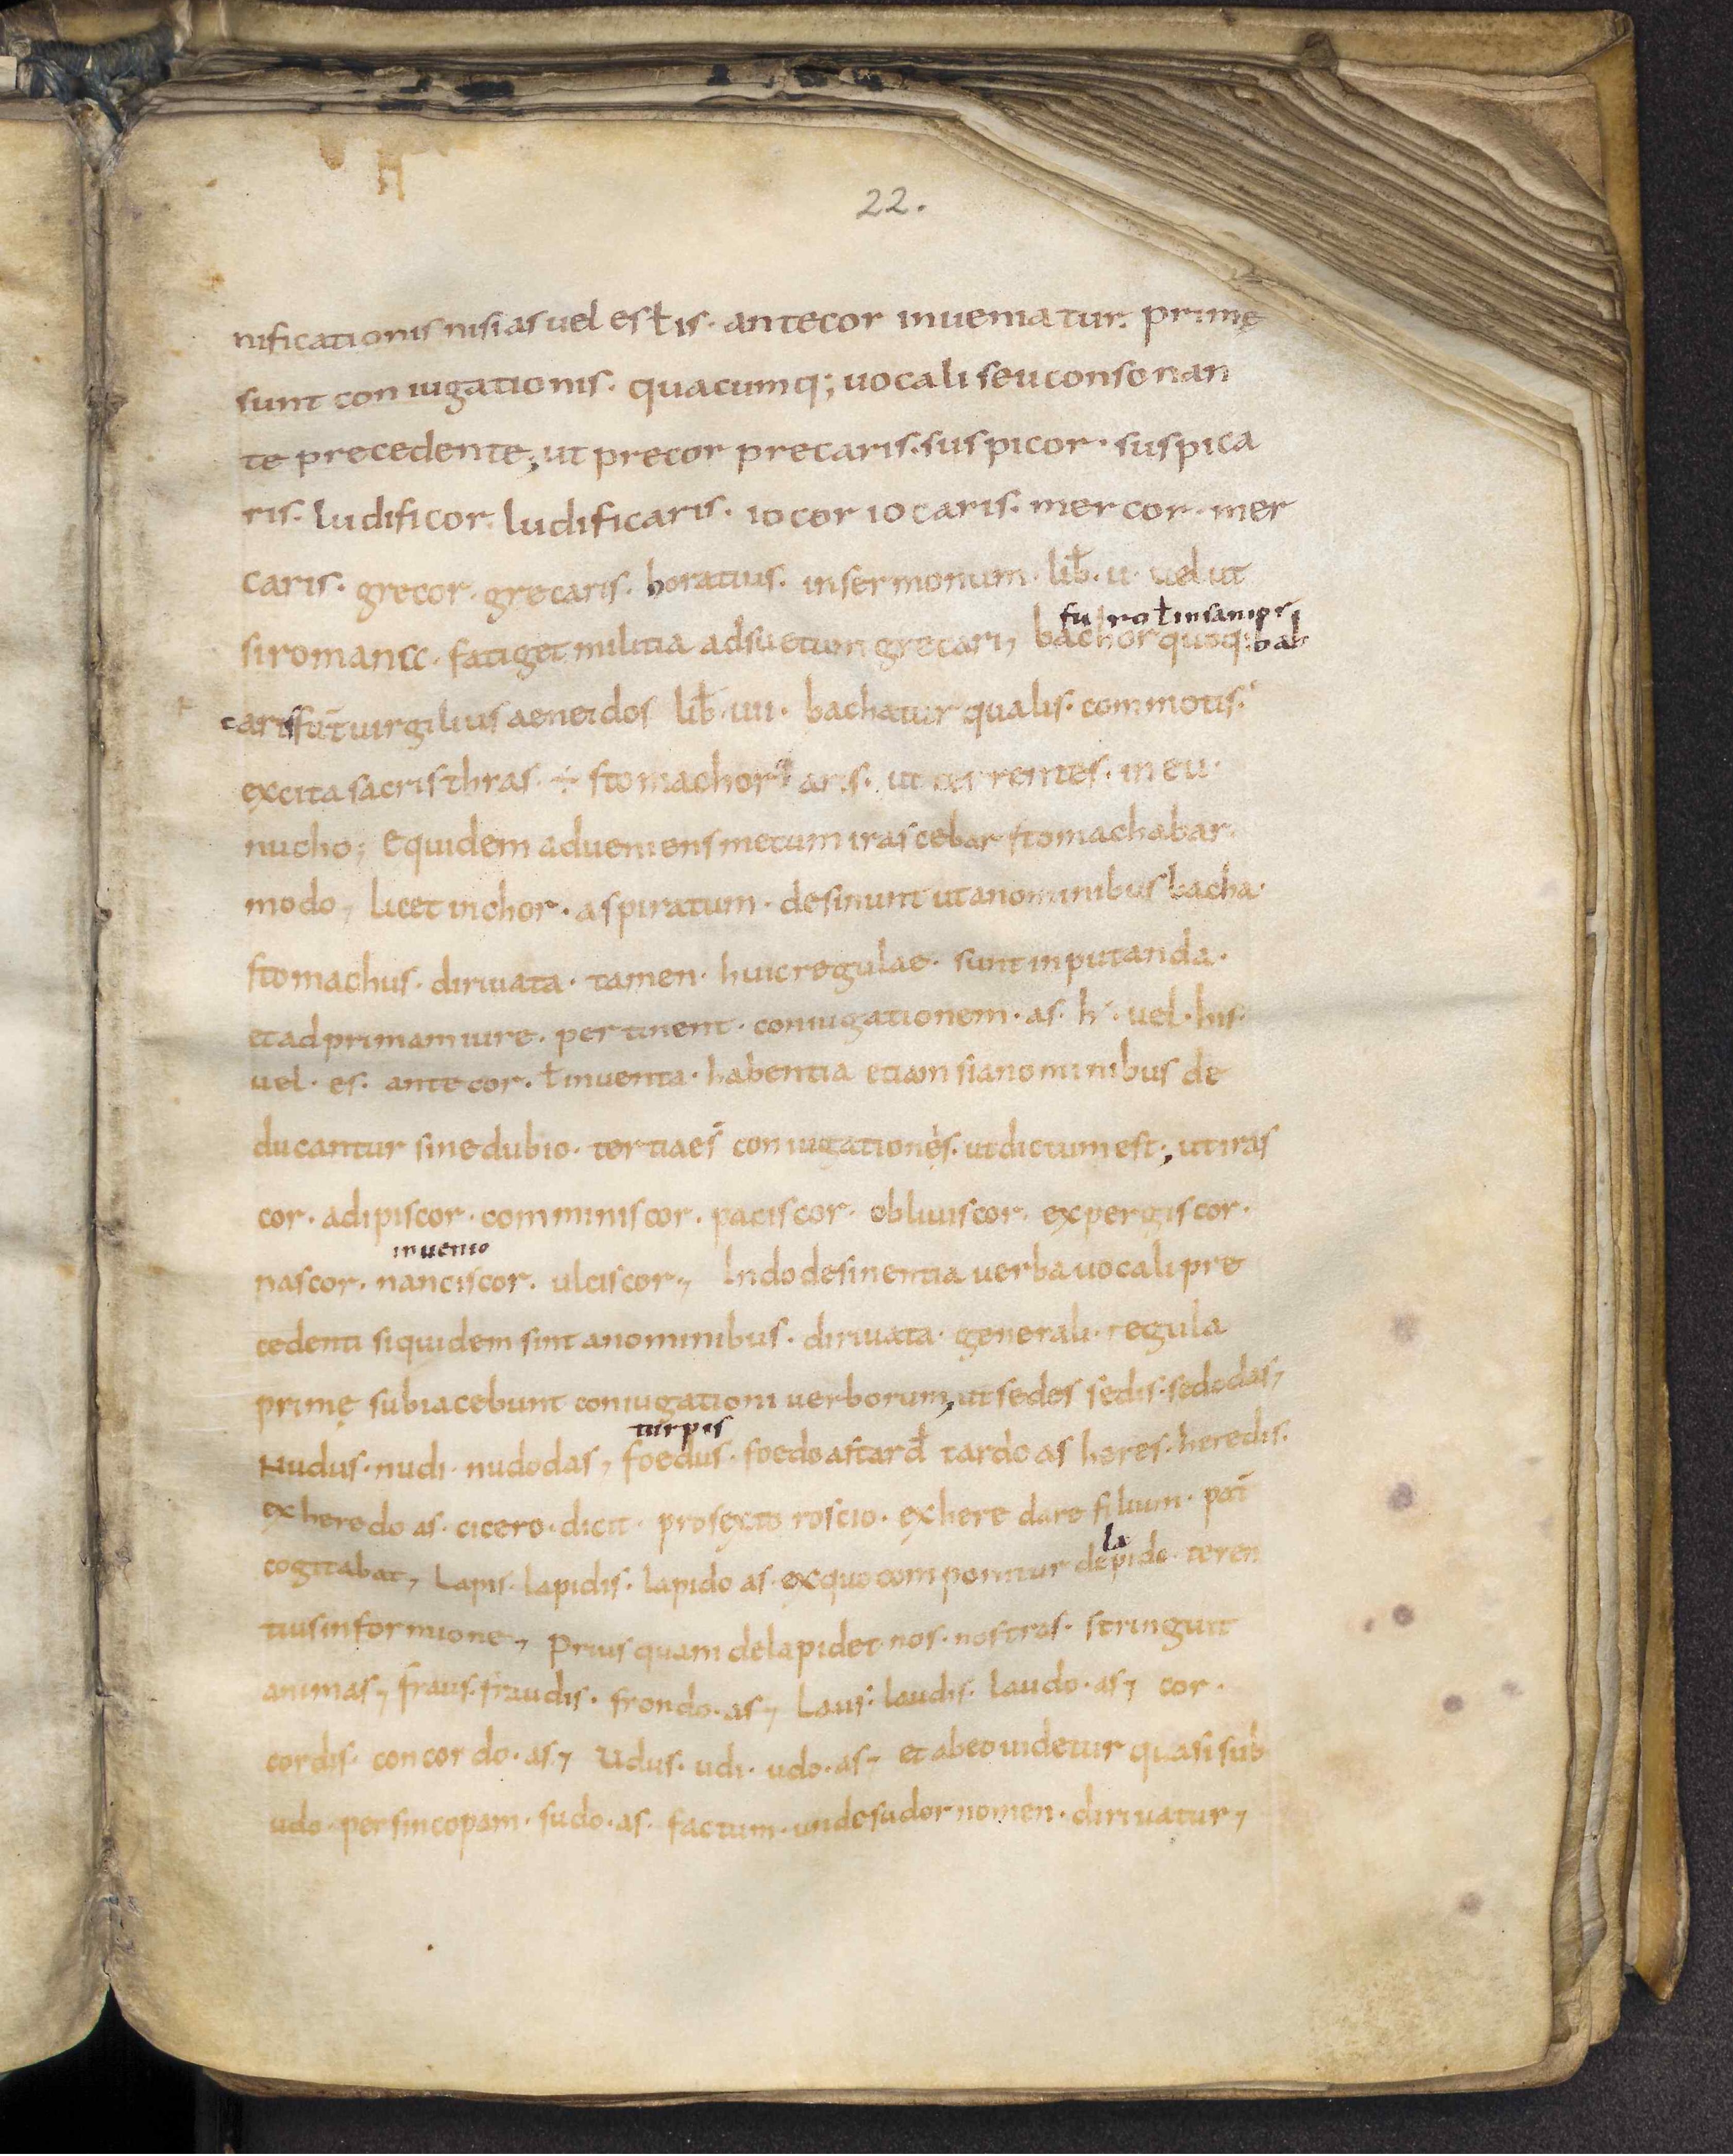
Shelfmark: Leiden, Bibliotheek der Rijksuniversiteit, Voss. Lat. O 41
Century: 9